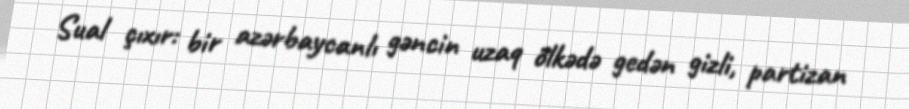
Sual çıxır: bir azərbaycanlı gəncin uzaq ölkədə gedən gizli, partizan